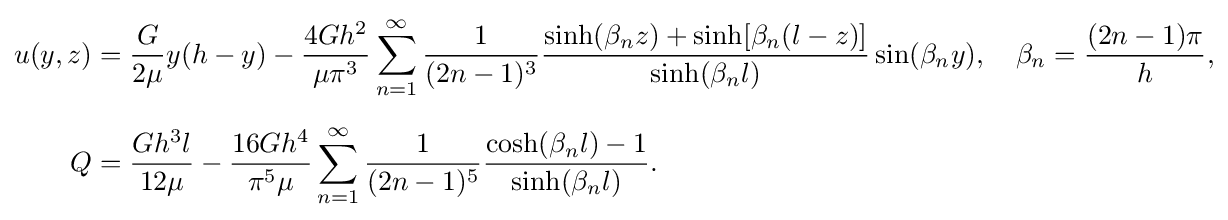
{\begin{aligned}u(y,z)&={\frac {G}{2\mu }}y(h-y)-{\frac {4Gh^{2}}{\mu \pi ^{3}}}\sum _{n=1}^{\infty }{\frac {1}{(2n-1)^{3}}}{\frac {\sinh(\beta _{n}z)+\sinh[\beta _{n}(l-z)]}{\sinh(\beta _{n}l)}}\sin(\beta _{n}y),\quad \beta _{n}={\frac {(2n-1)\pi }{h}},\\[6pt]Q&={\frac {Gh^{3}l}{12\mu }}-{\frac {16Gh^{4}}{\pi ^{5}\mu }}\sum _{n=1}^{\infty }{\frac {1}{(2n-1)^{5}}}{\frac {\cosh(\beta _{n}l)-1}{\sinh(\beta _{n}l)}}.\end{aligned}}